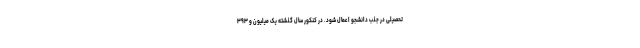
تحصیلی در جذب دانشجو اعمال شود. در کنکور سال گذشته یک میلیون و ۳۹۳